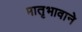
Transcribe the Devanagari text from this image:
मातृभावाने